Scottish Certificate of Education, 1962
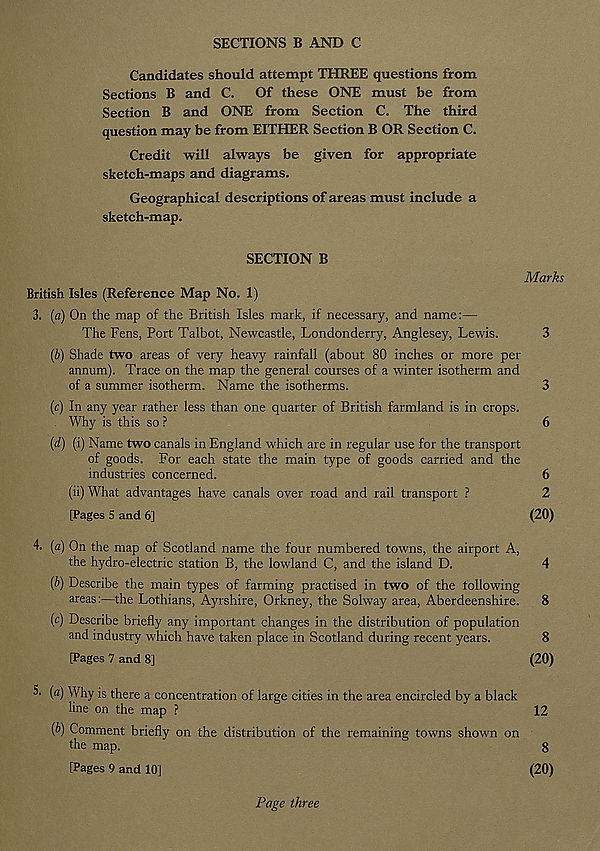
SECTIONS B AND C
Candidates should attempt THREE questions from
Sections B and C. Of these ONE must be from
Section B and ONE from Section C. The third
question may be from EITHER Section B OR Section C.
Credit will always be given for appropriate
sketch-maps and diagrams.
Geographical descriptions of areas must include a
sketch-map.
SECTION B
Marks
British Isles (Reference Map No. 1)
3. {a) On the map of the British Isles mark, if necessary, and name:—
The Fens, Port Talbot, Newcastle, Londonderry, Anglesey, Lewis.
3
(b) Shade two areas of very heavy rainfall (about 80 inches or more per
annum). Trace on the map the general courses of a winter isotherm and
of a summer isotherm. Name the isotherms.
3
(c) In any year rather less than one quarter of British farmland is in crops.
. Why is this so ?
6
(d) (i) Name two canals in England which are in regular use for the transport
of goods. For each state the main type of goods carried and the
industries concerned.
6
(ii) What advantages have canals over road and rail transport ?
2
[Pages 5 and 6]
(20)
4. (a) On the map of Scotland name the four numbered towns, the airport A,
the hydro-electric station B, the lowland C, and the island D.
4
(b) Describe the main types of farming practised in two of the following
areas:—the Lothians, Ayrshire, Orkney, the Solway area, Aberdeenshire. 8
(c) Describe briefly any important changes in the distribution of population
and industry which have taken place in Scotland during recent years.
8
[Pages 7 and 8]
(20)
5- {a) Why is there a concentration of large cities in the area encircled by a black
line on the map ?
12
{b) Comment briefly on the distribution of the remaining towns shown on
the map.
8
[Pages 9 and 10]
(20)
Page three